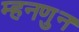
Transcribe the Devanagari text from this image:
म्हनणुन